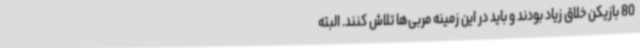
80 بازیکن خلاق زیاد بودند و باید در این زمینه مربی‌ها تلاش کنند. البته